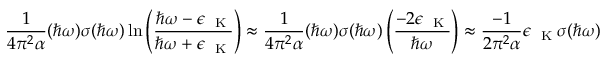
\frac { 1 } { 4 \pi ^ { 2 } \alpha } ( \hbar \omega ) \sigma ( \hbar \omega ) \ln { \left( \frac { \hbar \omega - \epsilon _ { \mathrm { ~ \tiny ~ K ~ } } } { \hbar \omega + \epsilon _ { \mathrm { ~ \tiny ~ K ~ } } } \right) } \approx \frac { 1 } { 4 \pi ^ { 2 } \alpha } ( \hbar \omega ) \sigma ( \hbar \omega ) \left( \frac { - 2 \epsilon _ { \mathrm { ~ \tiny ~ K ~ } } } { \hbar \omega } \right) \approx \frac { - 1 } { 2 \pi ^ { 2 } \alpha } \epsilon _ { \mathrm { ~ \tiny ~ K ~ } } \sigma ( \hbar \omega )